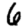
Digit: 6